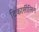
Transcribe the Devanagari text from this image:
टिकार्सीलिन